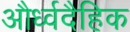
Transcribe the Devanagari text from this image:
और्ध्वदैहिक